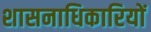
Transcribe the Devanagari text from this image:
शासनाधिकारियों